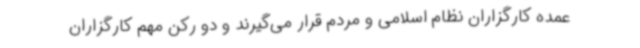
عمده کارگزاران نظام اسلامی و مردم قرار می‌گیرند و دو رکن مهم کارگزاران